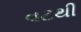
વટથી